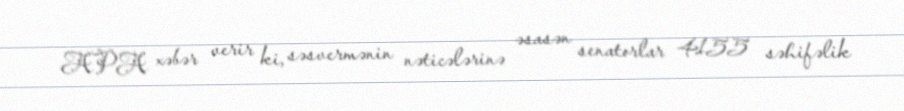
APA xəbər verir ki, səsvermənin nəticələrinə əsasən senatorlar 4155 səhifəlik